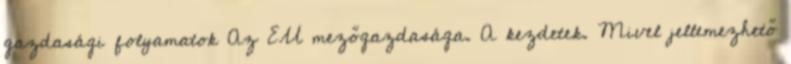
gazdasági folyamatok Az EU mezőgazdasága. A kezdetek. Mivel jellemezhető